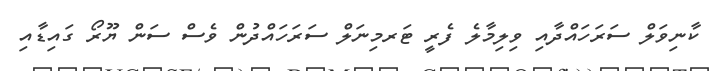
ކާނިވަލް ސަރަހައްދާއި ވިލިމާލެ ފެރީ ޓަރމިނަލް ސަރަހައްދުން ވެސް ސަން ޔޫރޯ ގައިޑާއި